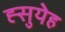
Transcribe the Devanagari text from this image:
ह्सुयेह